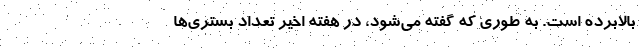
بالابرده است. به طوری که گفته می‌شود، در هفته اخیر تعداد بستری‌ها